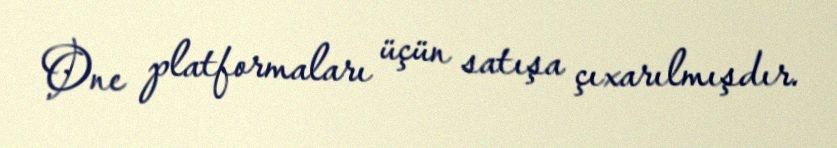
One platformaları üçün satışa çıxarılmışdır.